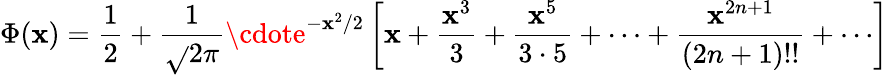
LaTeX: \Phi(\mathbf{x})={\frac{{1}}{{2}}}+{\frac{{1}}{{\sqrt{}{{2\pi}}}}}\cdote^{-\mathbf{x}^{2}/2}\left[\mathbf{x}+{\frac{{\mathbf{x}^{3}}}{{3}}}+{\frac{{\mathbf{x}^{5}}}{{3\cdot5}}}+\cdots+{\frac{{\mathbf{x}^{2n+1}}}{{(2n+1)!!}}}+\cdots\right]